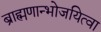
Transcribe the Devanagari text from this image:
ब्राह्मणान्भोजयित्वा